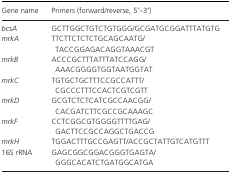
| Gene name | Primers (forward/reverse, 5′–3′) |
 | --- | --- |
 | bcsA | GCTTGGCTGTCTGTGGG/GCGATGCGGATTTATGTG |
 | mrkA | TTCTTCTCTCTGCAGCAATG/TACCGGAGACAGGTAAACGT |
 | mrkB | ACCCGCTTTATTTATCCAGG/AAACGGGGTGGTAATGGTAT |
 | mrkC | TGTGCTGCTTTCCGCCATTT/CGCCCTTTCCACTCGTCGTT |
 | mrkD | GCGTCTCTCATCGCCAACGG/CACGATCTTCGCCGCAAAGC |
 | mrkF | CCTCGGCGTGGGGTTTTGAG/GACTTCCGCCAGGCTGACCG |
 | mrkH | TGGACTTTGCCGAGTT/ACCGCTATTGTCATGTTT |
 | 16S rRNA | GAGCGGCGGACGGGTGAGTA/GGGCACATCTGATGGCATGA |